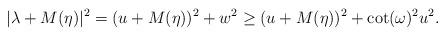
LaTeX: \begin{align*} |\lambda + M(\eta)|^2 = (u + M(\eta))^2 + w^2 \geq (u + M(\eta))^2 + \cot(\omega)^2 u^2. \end{align*}